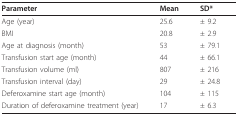
| Parameter | Mean | SD* |
 | --- | --- | --- |
 | Age (year) | 25.6 | ± 9.2 |
 | BMI | 20.8 | ± 2.9 |
 | Age at diagnosis (month) | 53 | ± 79.1 |
 | Transfusion start age (month) | 44 | ± 66.1 |
 | Transfusion volume (ml) | 807 | ± 216 |
 | Transfusion interval (day) | 29 | ± 24.8 |
 | Deferoxamine start age (month) | 104 | ± 115 |
 | Duration of deferoxamine treatment (year) | 17 | ± 6.3 |